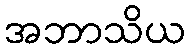
အဘာသိယ